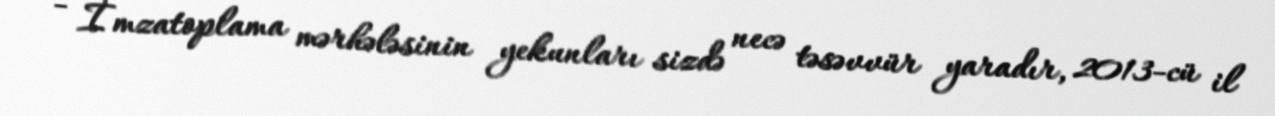
- İmzatoplama mərhələsinin yekunları sizdə necə təsəvvür yaradır, 2013-cü il